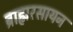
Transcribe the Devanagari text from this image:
ब्राह्मरसायन